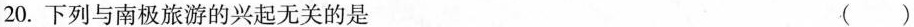
20.下列与南极旅游的兴起无关的是 ()